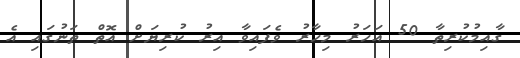
ގާއިމުކުރިތާ 50 އަހަަރު މިހާރު ވެފައިވާ އިރު ކުރިޔަށް އޮތް ތަނުގައި އެ